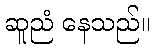
ဆူညံ နေသည်။